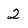
Character: 2